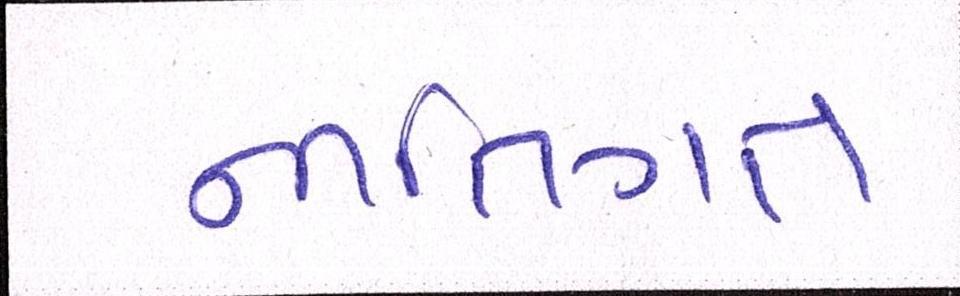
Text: નીતિગત